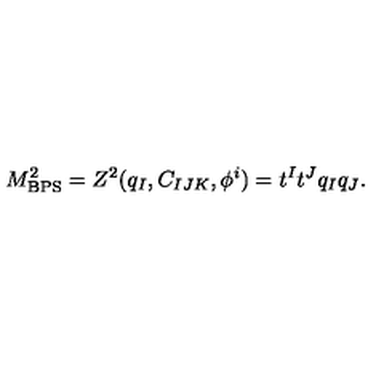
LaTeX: M _ { \mathrm { B P S } } ^ { 2 } = Z ^ { 2 } ( q _ { I } , C _ { I J K } , \phi ^ { i } ) = t ^ { I } t ^ { J } q _ { I } q _ { J } .